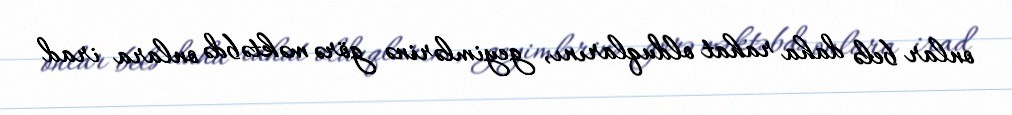
onlar belə daha rahat olduqlarını, geyimlərinə görə məktəbdə onlara irad